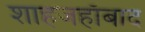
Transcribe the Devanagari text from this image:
शाहजहाँबाद